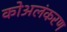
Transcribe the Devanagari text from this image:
कोअलंकरण